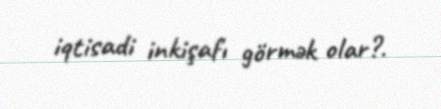
iqtisadi inkişafı görmək olar?.